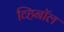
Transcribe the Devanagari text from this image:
व्हिनॉल